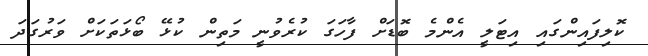
ކޮލިފައިންގައި އިޓަލީ އެންމެ ބޮޑަށް ފާހަގަ ކުރެވުނީ މަތިން ކުޅޭ ބޯޅަތަކަށް ވަރުގަދަ